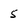
Character: 5